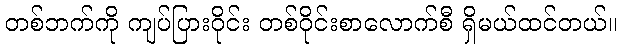
တစ်ဘက်ကို ကျပ်ပြားဝိုင်း တစ်ဝိုင်းစာလောက်စီ ရှိမယ်ထင်တယ်။